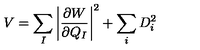
V = \sum _ { I } \left| \frac { \partial W } { \partial Q _ { I } } \right| ^ { 2 } + \sum _ { i } D _ { i } ^ { 2 }